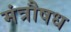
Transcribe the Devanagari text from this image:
मंत्रौषध